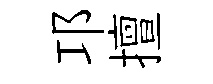
邛擅